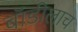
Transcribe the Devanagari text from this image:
बॉडीलाच